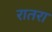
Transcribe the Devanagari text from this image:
रातरा